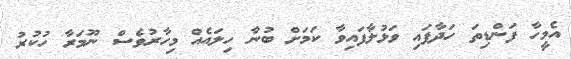
އެމީހާ ފަންޑިތަ ހަދާފައި ވަޅުލާފައިވާ ކަމަށް ބުނާ ހިލައެއް މިހާރުވެސް ނޫމަރާ ހުކުރު